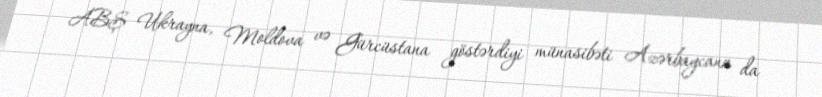
ABŞ Ukrayna, Moldova və Gürcüstana göstərdiyi münasibəti Azərbaycana da